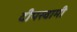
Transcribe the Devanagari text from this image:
दीपस्वामी